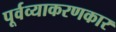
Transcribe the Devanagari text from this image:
पूर्वव्याकरणकार